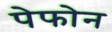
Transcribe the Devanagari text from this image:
पेफोन